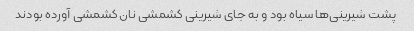
پشت شیرینی‌ها سیاه بود و به جای شیرینی کشمشی نان کشمشی آورده بودند